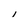
Character: 1